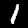
Digit: 1